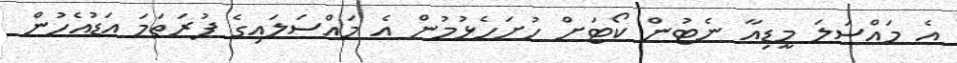
އެ މައްސަލަ މީޑިއާ ނެޓުން ކޯޓަށް ހުށަހެޅުމުން އެ މައްސަލައިގެ ފުރަތަމަ އަޑުއެހުން